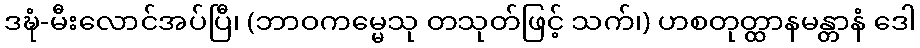
ဒဍ္ဎံ-မီးလောင်အပ်ပြီ၊ (ဘာဝကမ္မေသု တသုတ်ဖြင့် သက်၊) ဟစတုတ္ထာနမန္တာနံ ဒေါ